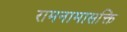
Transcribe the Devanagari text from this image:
रामनामासक्ति